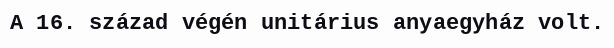
A 16. század végén unitárius anyaegyház volt.